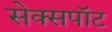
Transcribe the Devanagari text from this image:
सेक्सपॉट